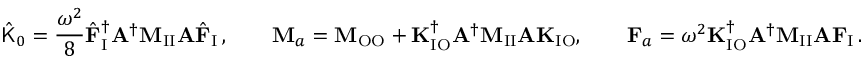
\hat { \mathsf { K } } _ { 0 } = \frac { \omega ^ { 2 } } { 8 } \hat { \mathbf { F } } _ { \mathrm { I } } ^ { \dagger } \mathbf { A } ^ { \dagger } \mathbf { M } _ { \mathrm { I I } } \mathbf { A } \hat { \mathbf { F } } _ { \mathrm { I } } \, , \qquad \mathbf { M } _ { a } = \mathbf { M } _ { \mathrm { O O } } + \mathbf { K } _ { \mathrm { I O } } ^ { \dagger } \mathbf { A } ^ { \dagger } \mathbf { M } _ { \mathrm { I I } } \mathbf { A } \mathbf { K } _ { \mathrm { I O } } , \qquad \mathbf { F } _ { a } = \omega ^ { 2 } \mathbf { K } _ { \mathrm { I O } } ^ { \dagger } \mathbf { A } ^ { \dagger } \mathbf { M } _ { \mathrm { I I } } \mathbf { A } \mathbf { F } _ { \mathrm { I } } \, .